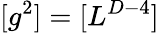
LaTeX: [g^{2}]=[L^{D-4}]